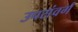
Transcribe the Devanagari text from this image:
उपसंवर्ग